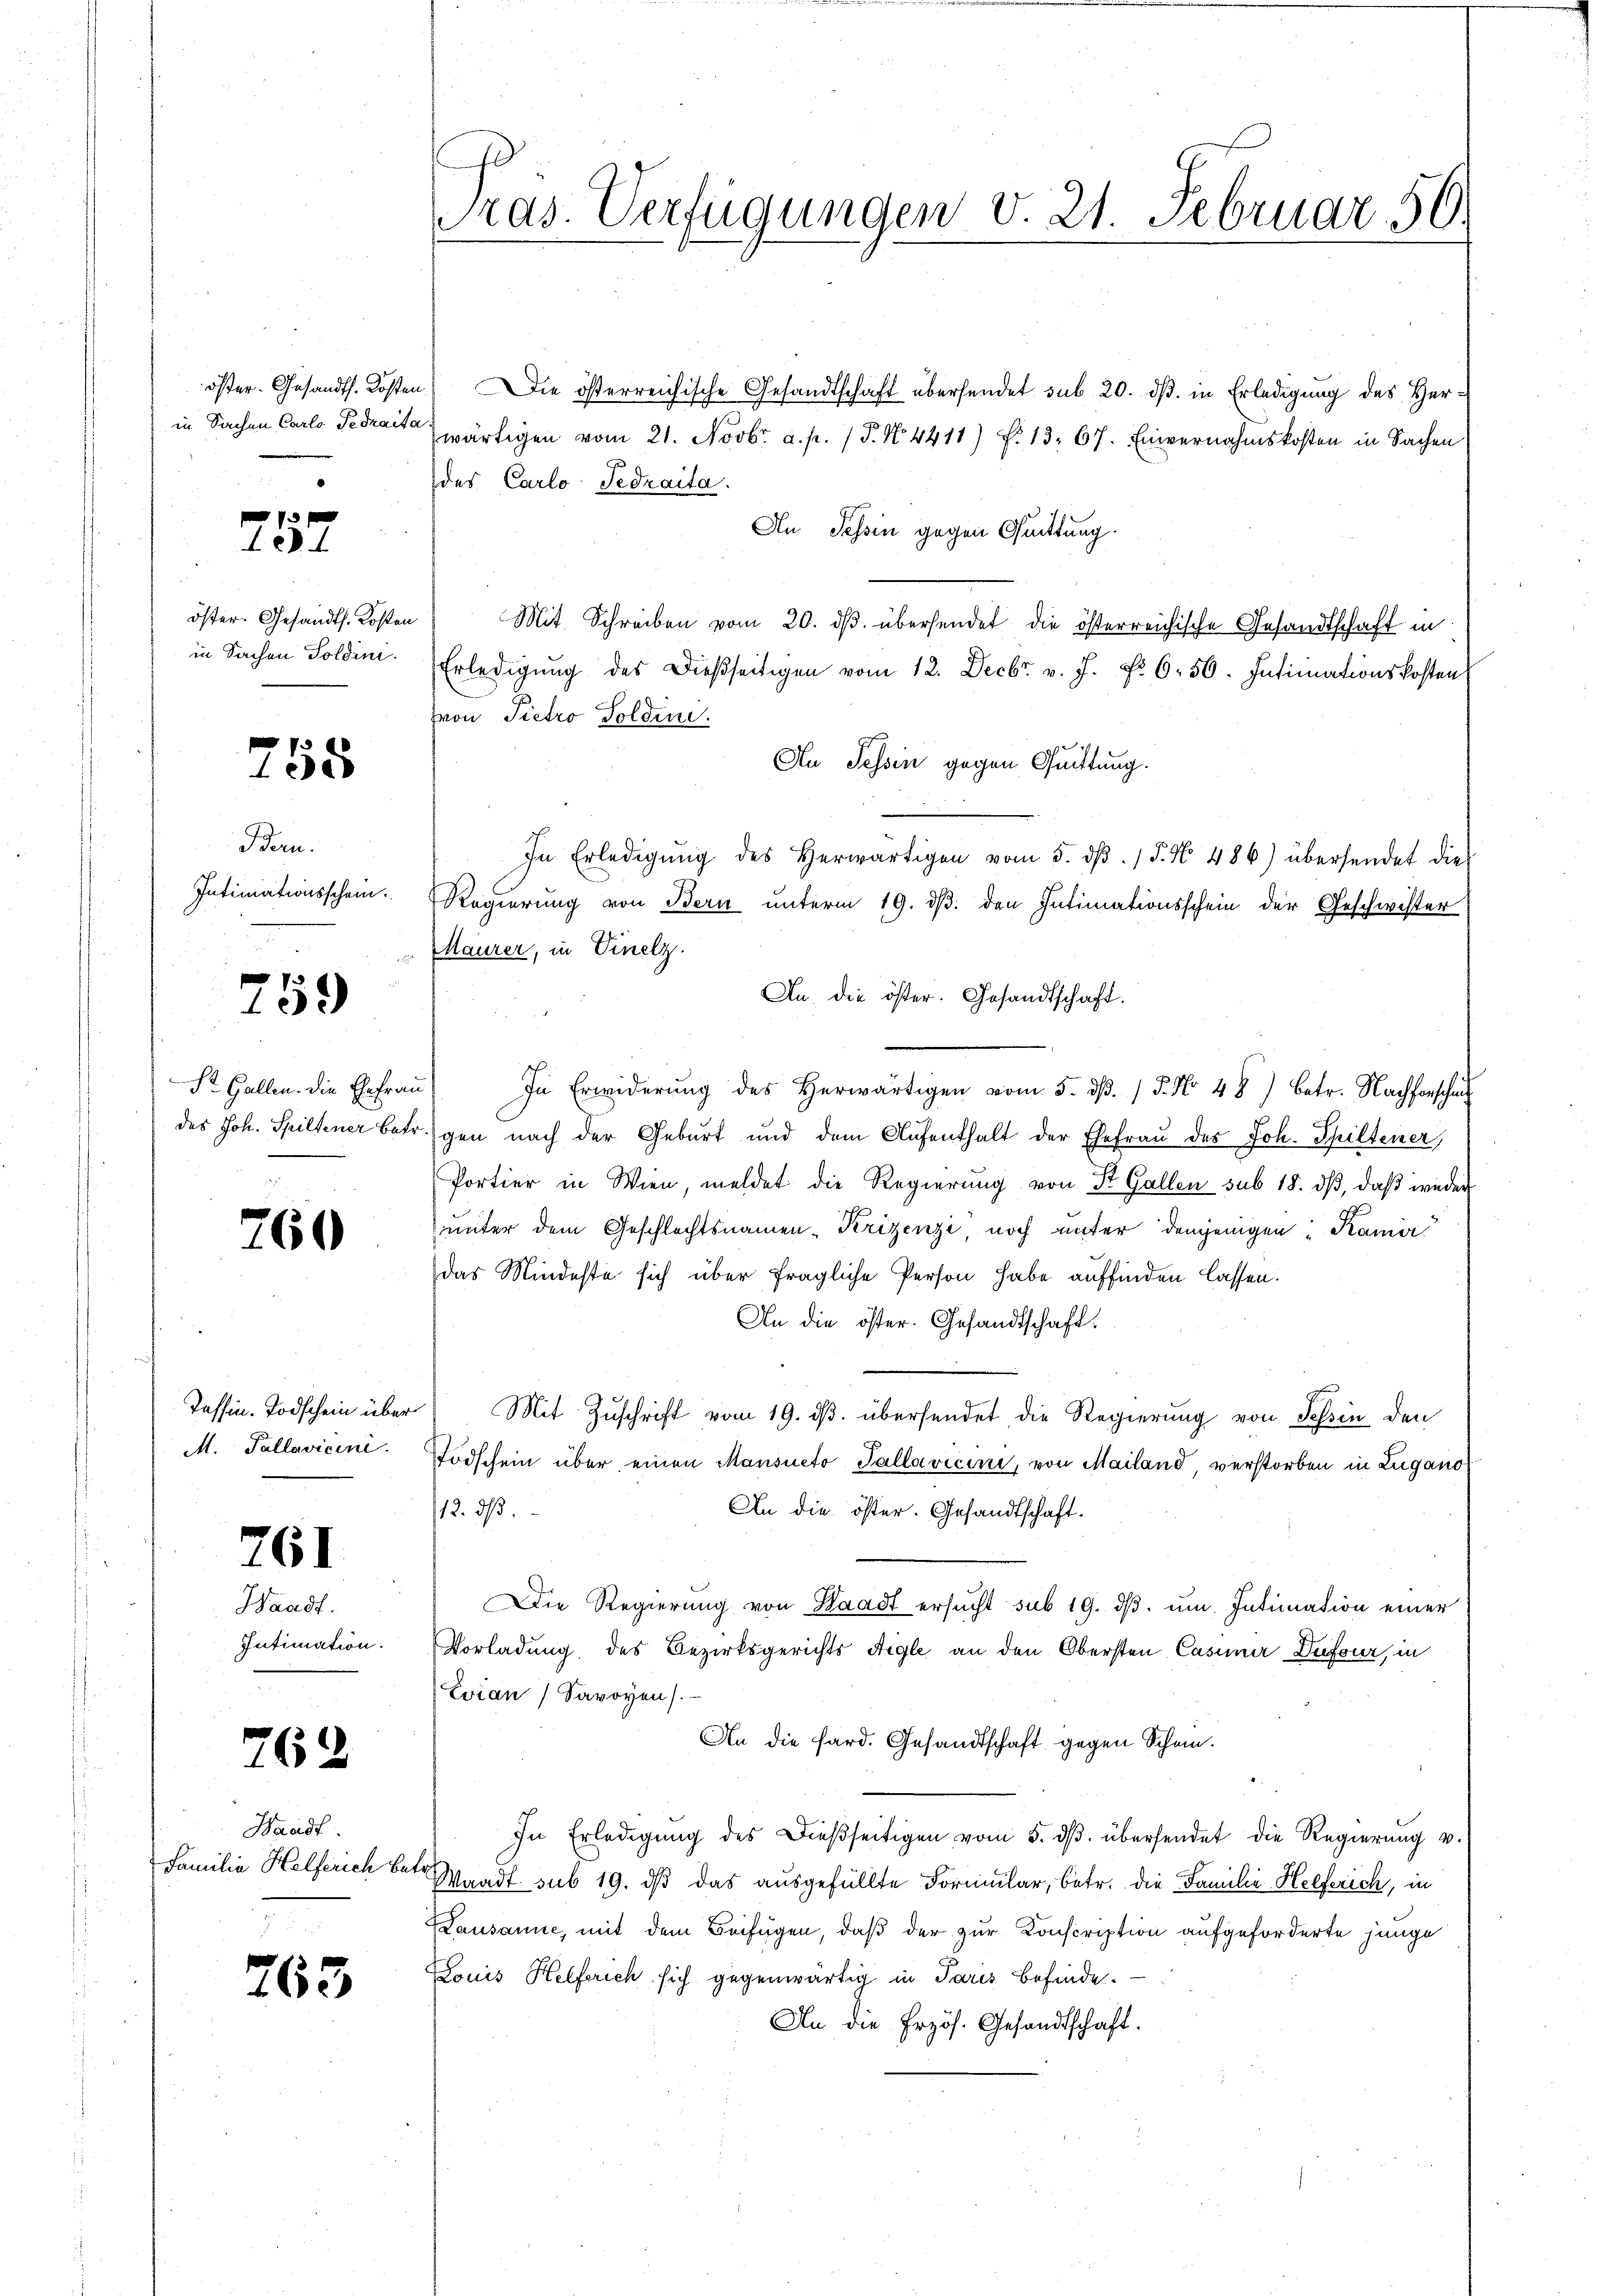
öster. Gesandth. Kosten
in Sachen Carlo Terraita

.

öster. Gesandts. Kosten
in Sachen Soldini.

758

Bern.
Intimationsschein.

759

St. Gallen. Die Ehefrau
des Joh. Spiltener Betr

760

Tessin. Todschein über
M. Pallavicini

761

Waadt.
Intimation.

762

Waadt
Familie Helferich bat.

763

Pras. Verfügungen v. 21. Februar 56.

Die österreichische Gesandtschaft übersendet sub 20. dβ. in Erledigung des Herwärtigen vom 21. Novbr. a. p. 1 P. N. 4411 f. 13. 67. Einvernahmskosten in Sachen
des Carlo Tedraita.
An Tessin gegen Quittung.
Mit Schreiben vom 20. dβ übersendet die österreichische Gesandtschaft in
Erledigŭng des dießseitigen vom 12. Decbr. v. J. No 656. Intimationskosten
von Pietro Tolden.
Au Tessin gegen Quittung.
In Erledigŭng des herwärtigen vom 5. dβ. / 5. No. 486) übersendet die
Regierung von Bern unterm 19. dβ. den Intimationsschein der Geschwister
Maurer, in Vinelz.
An die öster. Gesandtschaft.
In Erwiderŭng des Herwärtigen vom 5. dβ. / 5. No 48) betr. Nachforschi
gen nach der Geburt und dem Aufenthalt der Ehefrau des Joh. Schiltener,
Portier in Wien, meldet die Regierŭng von St. Gallen sub 18. dβ, daβ weder
unter dem Geschlechtsnamen-Krizenzi noch unter denjenigen Kamer
das Mindeste sich über fragliche Person habe auffinden lassen.
An die öster. Gesandtschaft.
Mit Zuschrift vom 19. ds. übersendet die Regierung von Tessin den
Todschein über einen Mansueto Tallavicini, von Mailand, verstorben in Zugano
12. dβ.
An die öster. Gesandtschaft.
Die Regierung von Waadt ersŭcht sub 19. dβ. um. Intimation einer
Vorladung des Bezirksgerichts Aigle an den Obersten Casimi Dufour, in
Evian Savoyen).
An die Sard. Gesandtschaft gegen Schein.
In Erledigung des dießseitigen vom 5. dβ übersendet die Regierung v.
Waadt sub 19. dβ das ausgefüllte Formular, betr. die Familie Helferich, in
Lausanne, mit dem Beifügen, daß der zur Conscription aufgeforderte junge
Louis Helferich sich gegenwärtig in Paris befinde.
An die Erzös. Gesandtschaft.